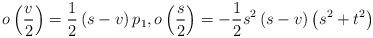
LaTeX: \begin{align*}o\left( \dfrac{v}{2}\right) =\allowbreak \dfrac{1}{2}\left( s-v\right)p_{1}\allowbreak ,o\left( \dfrac{s}{2}\right) =-\allowbreak \dfrac{1}{2}s^{2}\left( s-v\right) \left( s^{2}+t^{2}\right) \end{align*}